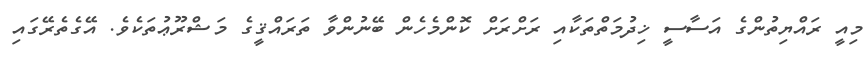
މިއީ ރައްޔިތުންގެ އަސާސީ ޚިދުމަތްތަކާއި ރަށްރަށް ކޮންމެހެން ބޭނުންވާ ތަރައްޤީގެ މަޝްރޫޢުތަކެވެ. އޭގެތެރޭގައި